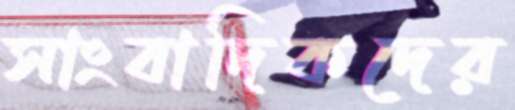
সাংবাদিকদের